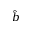
\hat { b }